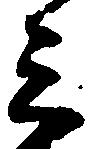
三